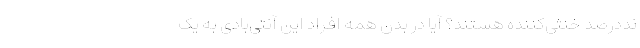
نددرصد خنثی‌کننده هستند؟ آیا در بدن همه افراد این آنتی‌بادی به یک